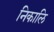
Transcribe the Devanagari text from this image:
निकालि